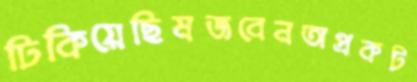
ঢিকিয়েছিমজবেনঅপ্রকট